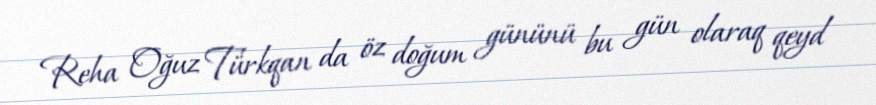
Reha Oğuz Türkqan da öz doğum gününü bu gün olaraq qeyd